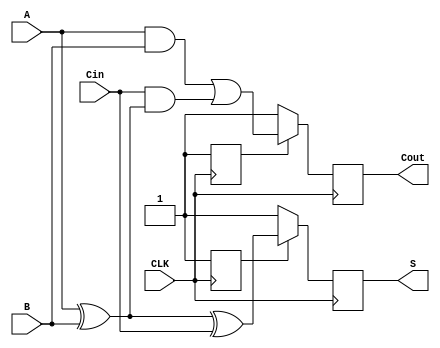
module dynamic_full_adder (
    input wire A,      // First input bit
    input wire B,      // Second input bit
    input wire Cin,    // Carry-in bit
    input wire CLK,    // Clock signal
    output reg S,      // Sum output
    output reg Cout    // Carry-out output
);

    // Internal signals for precharge and evaluate phases
    reg S_precharge, Cout_precharge;
    reg S_eval, Cout_eval;

    // Precharge phase
    always @(negedge CLK) begin
        // Precharge outputs to high
        S_precharge <= 1'b1;
        Cout_precharge <= 1'b1;
    end

    // Evaluate phase
    always @(posedge CLK) begin
        // Evaluate logic for Sum (S) and Carry-out (Cout)
        S_eval = A ^ B ^ Cin; // S = A XOR B XOR Cin
        Cout_eval = (A & B) | (Cin & (A ^ B)); // Cout = (A AND B) OR (Cin AND (A XOR B))

        // Update outputs based on evaluation
        S <= S_precharge ? S_eval : 1'b1; // If precharged, update S
        Cout <= Cout_precharge ? Cout_eval : 1'b1; // If precharged, update Cout
    end

endmodule